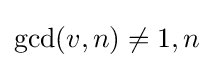
\gcd(v,n)\neq 1,n